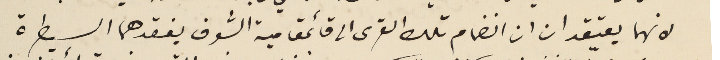
لانهما يعتقدان ان انضمام تلك القرى الى قائمقامية الشوف يفقدهما السيطرة